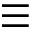
\equiv